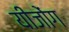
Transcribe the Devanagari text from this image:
यीजोंग